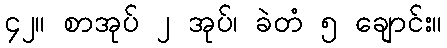
၄၂။ စာအုပ် ၂ အုပ်၊ ခဲတံ ၅ ချောင်း။